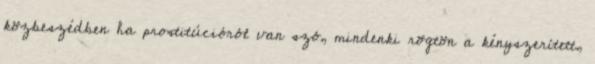
közbeszédben ha prostitúcióról van szó, mindenki rögtön a kényszerített,